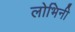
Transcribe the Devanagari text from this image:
लोभिनी